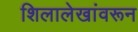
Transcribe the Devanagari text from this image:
शिलालेखांवरून